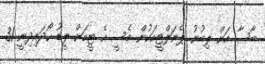
ބާސާ އަށް ލިބުނު ޕެނަލްޓީއަކުން މެސީ އެ ޓީމަށް ލީޑު ހޯދައިދިނީ 31